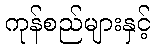
ကုန်စည်များနှင့်